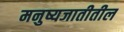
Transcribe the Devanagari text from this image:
मनुष्यजातीतील